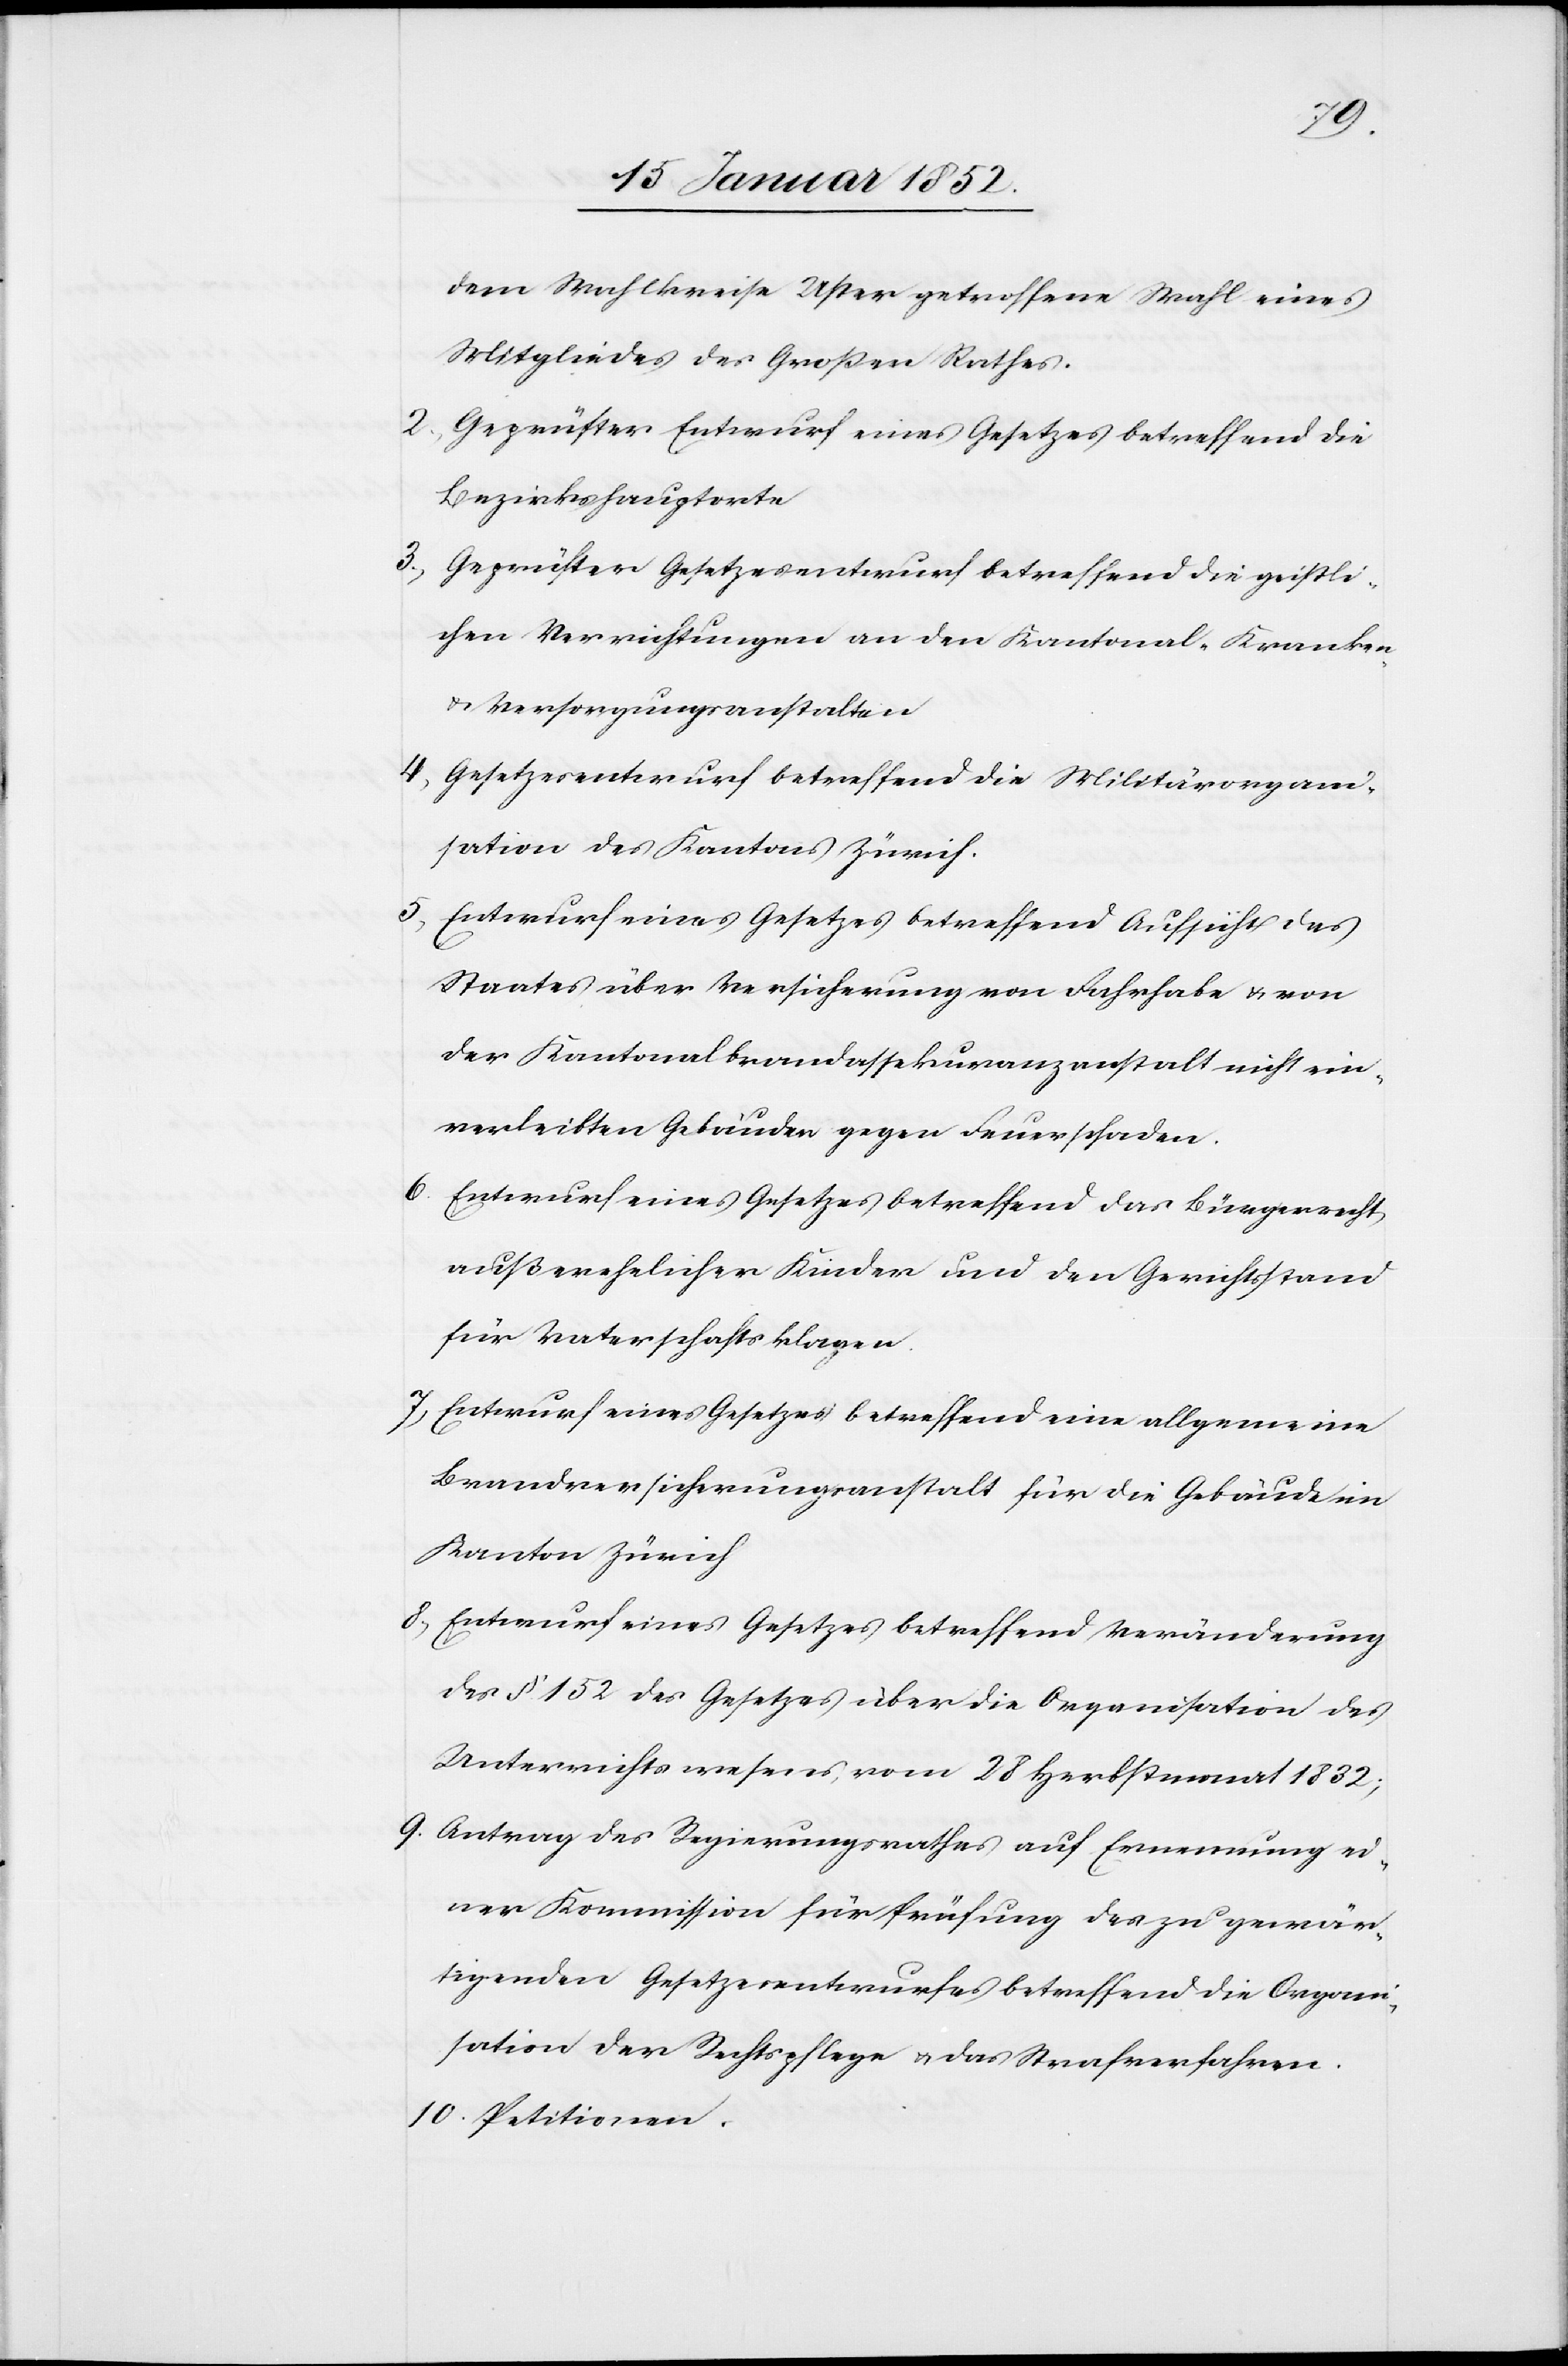
dem Wahlkreise Uster getroffene Wahl eines
Mitgliedes des Großen Rathes.
2.) Geprüfter Entwurf eines Gesetzes betreffend die
Bezirkshauptorte.
3.) Geprüfter Gesetzesentwurf betreffend die geistli¬
chen Verrichtungen an den Kantonal-Kranken-
u. Versorgungsanstalten.
4) Gesetzesentwurf betreffend die Militärorgani¬
sation des Kantons Zürich.
5) Entwurf eines Gesetzes betreffend Aufsicht des
Staates über die Versicherung von Fahrhabe u. von
der Kantonalbrandassekuranzanstalt nicht ein¬
verleibten Gebäuden gegen Feuerschaden.
6. Entwurf eines Gesetzes betreffend das Bürgerrecht
außerehelicher Kinder und den Gerichtsstand
für Vaterschaftsklagen.
7) Entwurf eines Gesetzes betreffend eine allgemeine
Brandversicherungsanstalt für die Gebäude im
Kanton Zürich.
8.) Entwurf eines Gesetzes betreffend Veränderung
des § 152 des Gesetzes über die Organisation des
Unterrichtswesens vom 28 Herbstmonat 1832;
9. Antrag des Regierungsrathes auf Ernennung ei¬
ner Kommission für Prüfung des zu gewär¬
tigenden Gesetzesentwurfes betreffend die Organi¬
sation der Rechtspflege u. das Strafverfahren.
10. Petitionen.